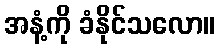
အနံ့ကို ခံနိုင်သလော။